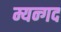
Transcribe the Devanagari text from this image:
म्यन्गद